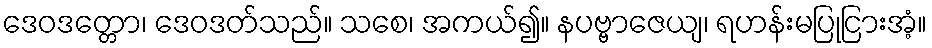
ဒေဝဒတ္တော၊ ဒေဝဒတ်သည်။ သစေ၊ အကယ်၍။ နပဗ္ဗာဇေယျ၊ ရဟန်းမပြုငြားအံ့။